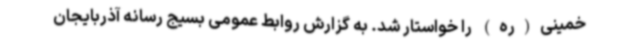
خمینی(ره) را خواستار شد. به گزارش روابط عمومی بسیج رسانه آذربایجان